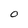
Character: O